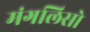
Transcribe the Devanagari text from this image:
मंगलिसो